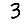
Digit: 3